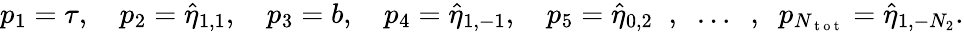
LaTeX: p_{1}=\tau,\quad p_{2}=\hat{\eta}_{1,1},\quad p_{3}=b,\quad p_{4}=\hat{\eta}_{1,-1},\quad p_{5}=\hat{\eta}_{0,2}\; \; ,\; \; \dots\; \; ,\; \; p_{N_{\mathrm{~t~o~t~}}}=\hat{\eta}_{1,-N_{2}}.